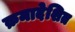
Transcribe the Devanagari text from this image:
क्रमादेशित